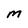
Character: m